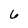
Character: 6